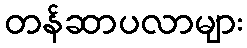
တန်ဆာပလာများ